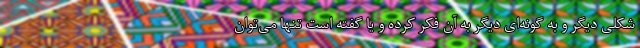
شکلی دیگر و به گونه‌ای دیگر به آن فکر کرده و یا گفته است تنها می‌توان